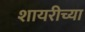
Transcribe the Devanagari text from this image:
शायरीच्या